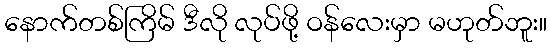
နောက်တစ်ကြိမ် ဒီလို လုပ်ဖို့ ဝန်လေးမှာ မဟုတ်ဘူး။